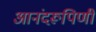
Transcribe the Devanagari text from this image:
आनंदरूपिणी